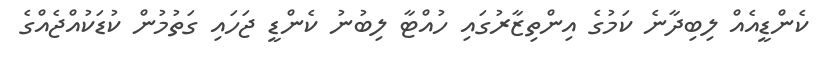
ކެންޑީއެއް ލިބިދާނެ ކަމުގެ އިންތިޒާރުގައި ހުއްޓާ ލިބުނު ކެންޑީ ޖަހައި ގަތުމުން ކުޑަކުއްޖެއްގެ